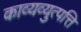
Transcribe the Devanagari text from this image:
काव्यव्युत्पत्ति